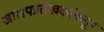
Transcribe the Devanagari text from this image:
जालपत्रलेखकांकडून